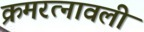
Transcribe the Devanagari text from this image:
क्रमरत्नावली